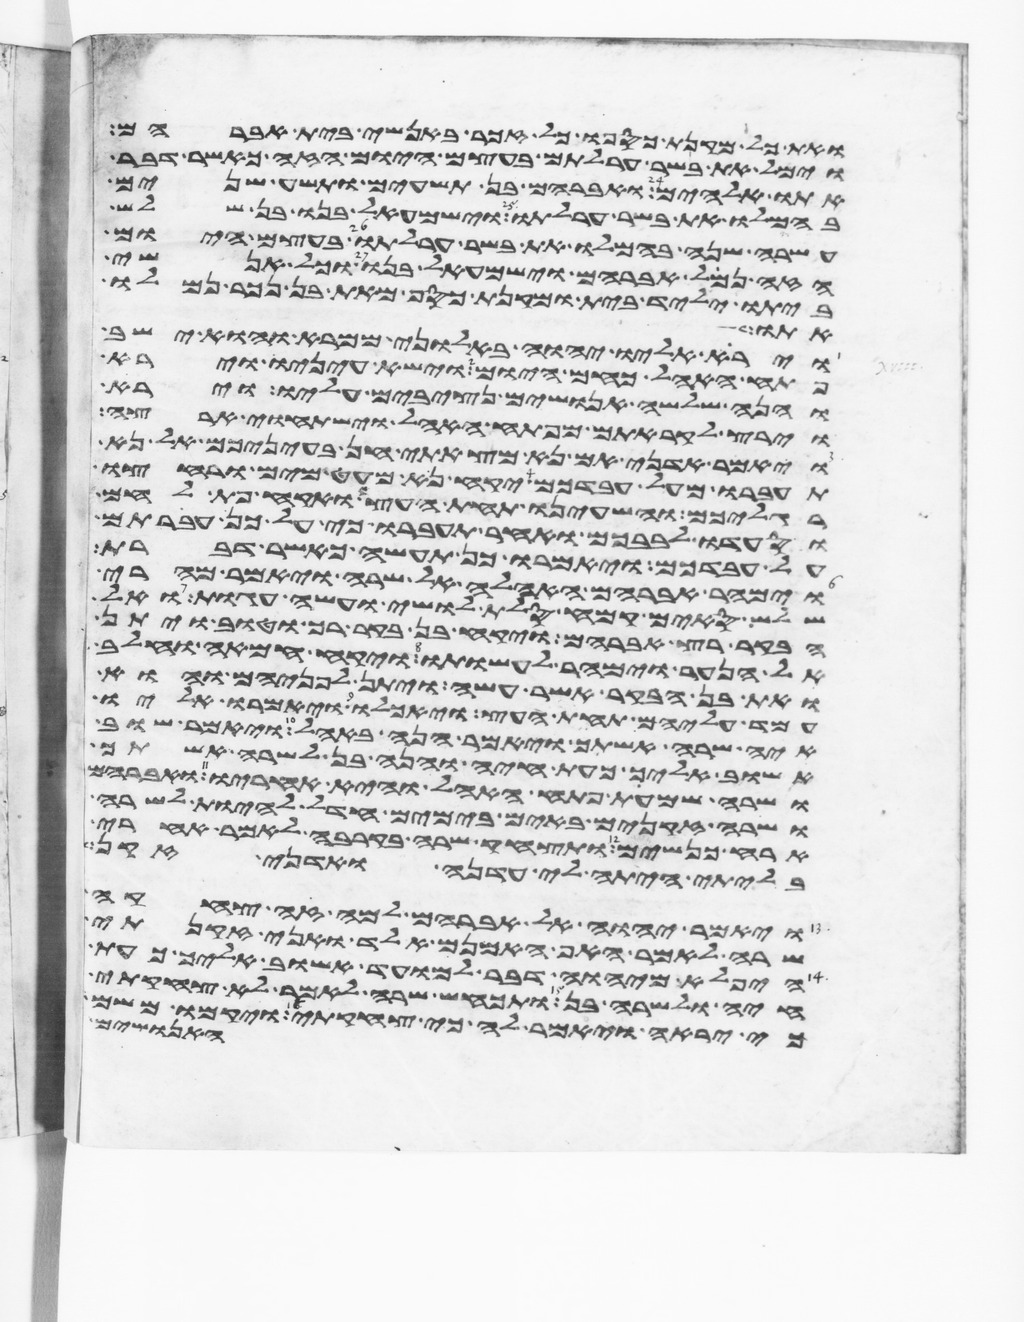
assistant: ואת כל מקנת כספו כל זכר באנשי בית אברהם
וימל את בשר ערלתם בעצם היום הזה כאשר דבר
אתו אלהים ואברהם בן תשעים ותשע שנים
בהמלו את בשר ערלתו וישמעאל בנו בן שלש
עשרה שנה בהמלו את בשר ערלתו בעצם היום
הזה נמל אברהם וישמעאל בנו וכל אנשי
ביתו יליד בית ומקנת כסף מאת בן נכר נמלו
אתו
וירא אליו יהוה באלוני ממרא והוא ישב
פתח האהל כחם היום וישא עיניו וירא
והנה שלשה אנושים נצבים עליו וירא
וירץ לקראתם מפתח האהל וישתחוי ארצה
ויאמר אדני אם נא מצאתי חן בעיניכם אל נא
תעברו מעל עבדכם יקח נא מעט מים ורחצו
רגליכם והשעינו תחת העץ ואקח פת לחם
וסעדו לבבכם ואחר תעברו כי על כן עברתם
על עבדכם ויאמרו כן תעשה כאשר דברת
וימהר אברהם האהלה אל שרה ויאמר מהרי
שלש סים קמח סלת לושי ועשה עגות ואל
הבקר רץ אברהם ויקח בן בקר רך וטוב ויתן
אל הנער וימהר לעשותו ויקח חמאה וחלב
ואת בן הבקר אשר עשה ויתן לפניהם והוא
עמד עליהם תחת העץ ויאכלו ויאמרו אליו
איה שרה אשתך ויאמר הנה באהל ויאמר שוב
אשוב אליך כעת חיה והנה בן לשרה אשתך
ושרה שמעת פתח האהל והיא אחריו ואברהם
ושרה זקנים באים בימים חדל להיות לשרה
ארח כנשים ותצחק שרה בקרבה לאמר אחרי
בלתי היתה לי עדנה ואדני זקן
ויאמר יהוה אל אברהם למה זה צחקה
שרה לאמר האף אמנם אלד ואני זקנתי
היפלא מיהוה דבר למועד אשוב אליך כעת
חיה ולשרה בן ותכחש שרה לאמר לא צחקתי
כי יראה ויאמר לה כי צחקת ויקמו משם
האנושים